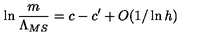
\ln \frac { m } { \Lambda _ { M S } } = c - c ^ { \prime } + O ( 1 / \ln h )